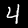
Label: 4